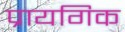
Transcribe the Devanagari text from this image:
प्रायगिक